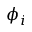
\phi _ { i }